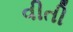
વીતી